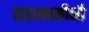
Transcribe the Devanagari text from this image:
सहस्वामीनी